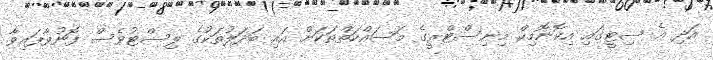
އަދި އެ ސިޓީގައި އިކޮނޮމިކް މިނިސްޓްރީގެ މަސައްކަތްތަކަށް އައި ބަދަލުތަކުގެ ލިސްޓުވެސް ފޮނުވާފައިވާ